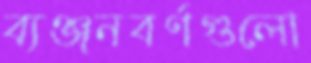
ব্যঞ্জনবর্ণগুলো